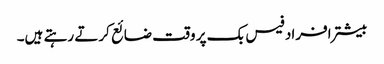
بیشتر افراد فیس بک پر وقت ضائع کرتے رہتے ہیں۔